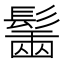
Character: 𩮟